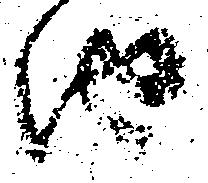
由